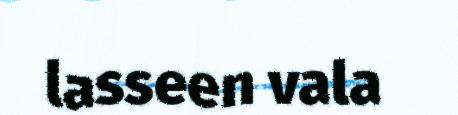
lasseen vala